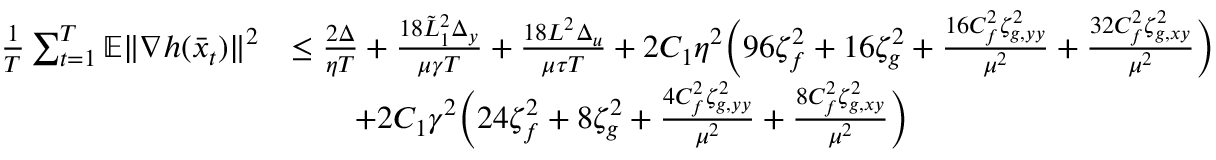
\begin{array} { r l } { \frac { 1 } { T } \sum _ { t = 1 } ^ { T } \mathbb { E } \| \nabla h ( \bar { x } _ { t } ) \| ^ { 2 } } & { \leq \frac { 2 \Delta } { \eta T } + \frac { 1 8 \tilde { L } _ { 1 } ^ { 2 } \Delta _ { y } } { \mu \gamma T } + \frac { 1 8 L ^ { 2 } \Delta _ { u } } { \mu \tau T } + 2 C _ { 1 } \eta ^ { 2 } \bigg ( 9 6 \zeta _ { f } ^ { 2 } + 1 6 \zeta _ { g } ^ { 2 } + \frac { 1 6 C _ { f } ^ { 2 } \zeta _ { g , y y } ^ { 2 } } { \mu ^ { 2 } } + \frac { 3 2 C _ { f } ^ { 2 } \zeta _ { g , x y } ^ { 2 } } { \mu ^ { 2 } } \bigg ) } \\ & { \qquad + 2 C _ { 1 } \gamma ^ { 2 } \bigg ( 2 4 \zeta _ { f } ^ { 2 } + 8 \zeta _ { g } ^ { 2 } + \frac { 4 C _ { f } ^ { 2 } \zeta _ { g , y y } ^ { 2 } } { \mu ^ { 2 } } + \frac { 8 C _ { f } ^ { 2 } \zeta _ { g , x y } ^ { 2 } } { \mu ^ { 2 } } \bigg ) } \end{array}